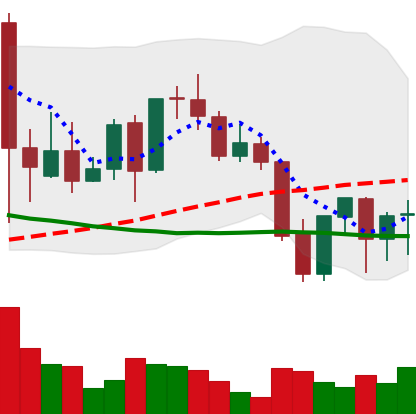
Ticker: LINK-USD
Chart end date: 2021-09-26
Forward return: 6.891%
Label: up_5_7